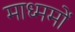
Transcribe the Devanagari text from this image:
माध्ममों